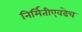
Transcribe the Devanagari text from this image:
निर्मितीएवढेच